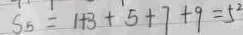
S _ { 5 } = 1 + 3 + 5 + 7 + 9 = 5 ^ { 2 }